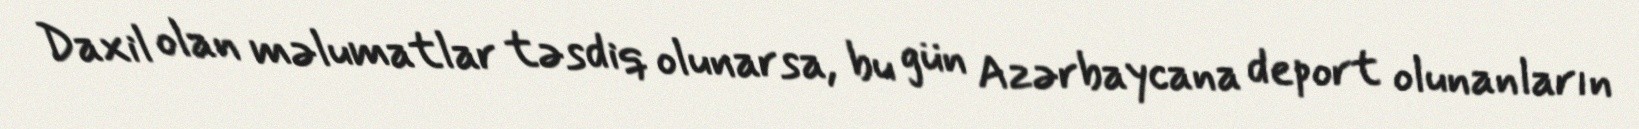
Daxil olan məlumatlar təsdiq olunarsa, bu gün Azərbaycana deport olunanların